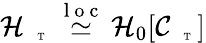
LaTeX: \mathcal{H}_{\mathrm{~\tiny~\textnormal~{~T~}~}}\stackrel{\mathrm{~l~o~c~}}{\simeq}\mathcal{H}_{0}[\mathcal{C}_{\mathrm{~\tiny~\textnormal~{~T~}~}}]